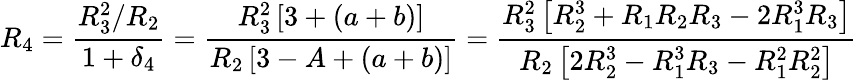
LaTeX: R_{4}=\frac{R_{3}^{2}/R_{2}}{1+\delta_{4}}=\frac{R_{3}^{2}\left[3+(a+b)\right]}{R_{2}\left[3-A+(a+b)\right]}=\frac{R_{3}^{2}\left[R_{2}^{3}+R_{1}R_{2}R_{3}-2R_{1}^{3}R_{3}\right]}{R_{2}\left[2R_{2}^{3}-R_{1}^{3}R_{3}-R_{1}^{2}R_{2}^{2}\right]}